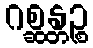
ဂစ္ဆန္တဉ္စ